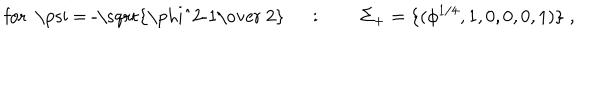
LaTeX: \mathrm { f o r ~ \ p s i ~ = ~ - \sqrt { \frac { \ p h i ^ { 2 } - 1 } { ~ 2 } } ~ } \quad : \qquad \Sigma _ { + } = \{ ( \phi ^ { 1 / 4 } , 1 , 0 , 0 , 0 , 1 ) \} \; ,